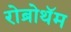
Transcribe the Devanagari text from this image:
रोब्रोथॅम